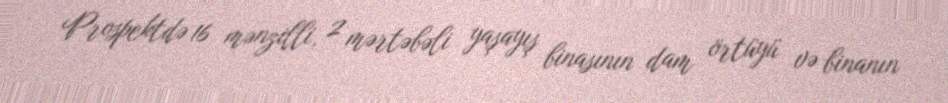
Prospektdə 16 mənzilli, 2 mərtəbəli yaşayış binasının dam örtüyü və binanın